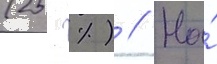
(25 %) // На́